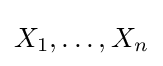
X_{1},\dots ,X_{n}